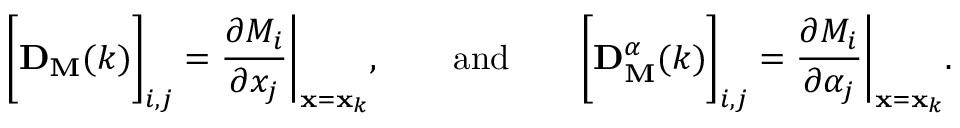
\bigg [ \mathbf { D } _ { \mathbf { M } } ( k ) \bigg ] _ { i , j } = \frac { \partial M _ { i } } { \partial x _ { j } } \bigg | _ { \mathbf { x } = \mathbf { x } _ { k } } , \qquad \mathrm { a n d } \qquad \bigg [ \mathbf { D } _ { \mathbf { M } } ^ { \boldsymbol { \alpha } } ( k ) \bigg ] _ { i , j } = \frac { \partial M _ { i } } { \partial \alpha _ { j } } \bigg | _ { \mathbf { x } = \mathbf { x } _ { k } } .